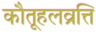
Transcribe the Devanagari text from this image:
कौतूहलव्रत्ति